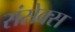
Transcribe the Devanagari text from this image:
संसेक्स